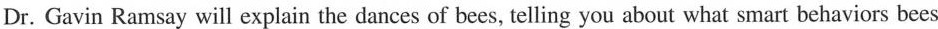
Dr. Gavin Ramsay will explain the dances of bees, telling you about what smart behaviors bees